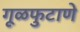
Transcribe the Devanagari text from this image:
गूळफुटाणे